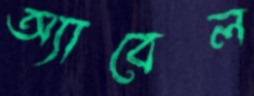
অ্যাবেল